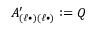
A _ { ( \ell \bullet ) ( \ell \bullet ) } ^ { \prime } : = Q